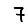
Digit: 7